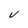
Character: V